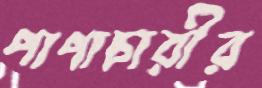
পাপাচারীর